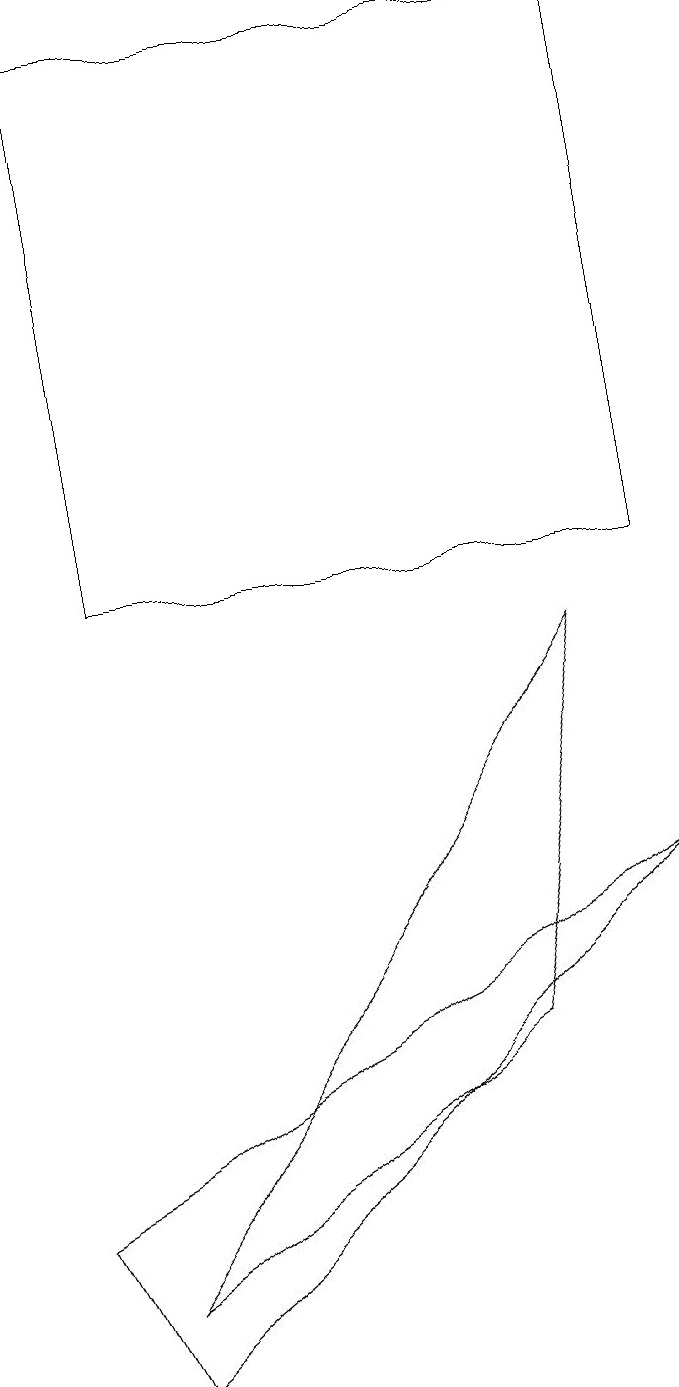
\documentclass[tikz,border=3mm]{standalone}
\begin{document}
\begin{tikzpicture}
\draw (8,6) -- (0,2) -- (1,0) -- cycle;
\draw (6,4) -- (7,9) -- (1,1) -- cycle;
\draw (8,10) rectangle (1,17);
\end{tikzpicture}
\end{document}